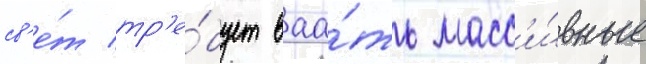
св'е́т тр'е́бует ваа́ть масс'и́вные